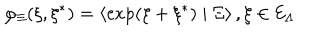
\varphi _ { \Xi } ( \xi , \xi ^ { * } ) = \left\langle \exp ( \xi + \xi ^ { * } ) \mid \Xi \right\rangle , \xi \in { \cal E } _ { \Lambda }